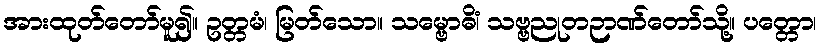
အားထုတ်တော်မူ၍။ ဥတ္တမံ၊ မြတ်သော။ သမ္ဗောဓိံ၊ သဗ္ဗညုတဉာဏ်တော်သို့။ ပတ္တော၊